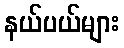
နယ်ပယ်များ